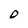
Character: 0